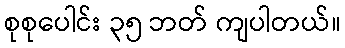
စုစုပေါင်း ၃၅ ဘတ် ကျပါတယ်။